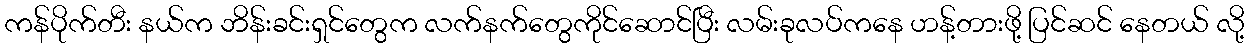
ကန်ပိုက်တီး နယ်က ဘိန်းခင်းရှင်တွေက လက်နက်တွေကိုင်ဆောင်ပြီး လမ်းခုလပ်ကနေ ဟန့်တားဖို့ ပြင်ဆင် နေတယ် လို့